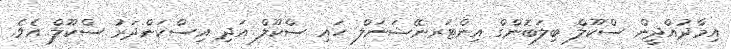
އިމާދުއްދީން ސްކޫލް ބިލަބޮންގް އިންޓަރނޭޝަނަލް ހައި ސްކޫލް އަދި އިސްކަންދަރު ސްކޫލް އެވެ.